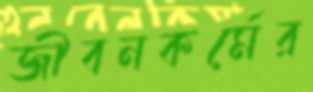
জীবনকর্মের